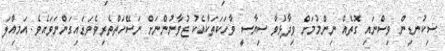
ސިކުނޑިން ވިސްނައި ގޮތެއް ނިންމުމަށް ވިދާޅުވާ ސިޔާސީ ވާހަކަތަކާއެކު ޒުވާނުންނަށް ނަސޭހަތްތެރިވެވަޑައިގަންނަވައެވެ. އަމިއްލަ